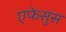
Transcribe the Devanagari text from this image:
एफेसुस